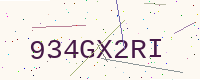
Text: 934GX2RI